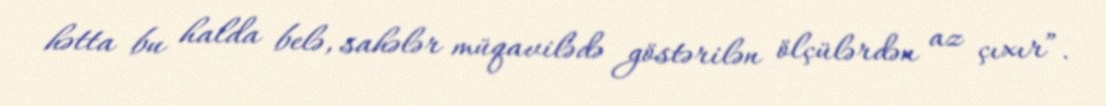
hətta bu halda belə, sahələr müqavilədə göstərilən ölçülərdən az çıxır”.